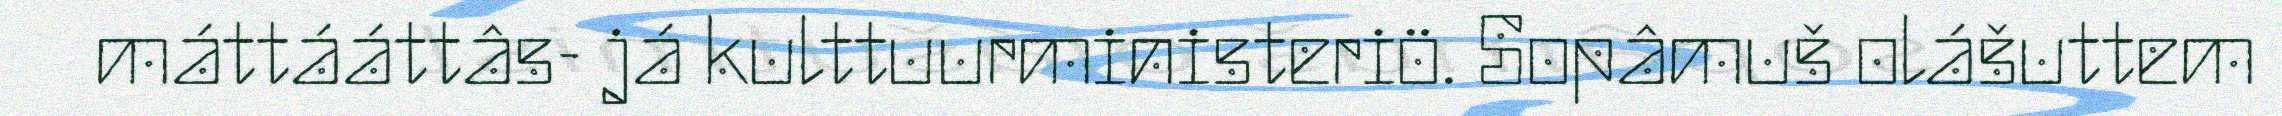
máttááttâs- já kulttuurministeriö. Sopâmuš olášuttem